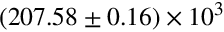
( 2 0 7 . 5 8 \pm 0 . 1 6 ) \times 1 0 ^ { 3 }